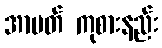
အာပတ် ကုစားနည်း